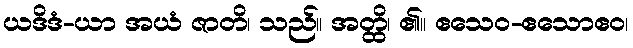
ယဒိဒံ-ယာ အယံ ဇာတိ၊ သည်။ အတ္ထိ၊ ၏။ ဧသေဝ-ဧသောဧဝ၊